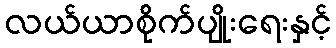
လယ်ယာစိုက်ပျိုးရေးနှင့်